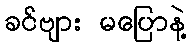
ခင်ဗျား မပြောနဲ့